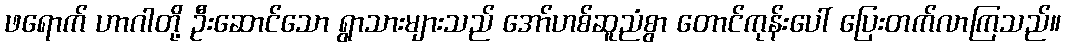
ဖရောက် ဟာဂါတို့ ဦးဆောင်သော ရွာသားများသည် အော်ဟစ်ဆူညံစွာ တောင်ကုန်းပေါ် ပြေးတက်လာကြသည်။